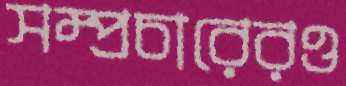
সম্প্রচারেরও